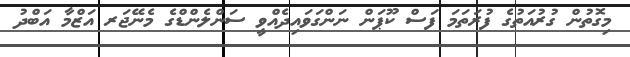
މިގޮތުން ގުރުއަތުގެ ފުރަތަމަ ފަސް ކޫޕަން ނަންގަވައިދެއްވީ ސަންލެންޑްގެ މެނޭޖަރ އަޒްމާ އަބްދު